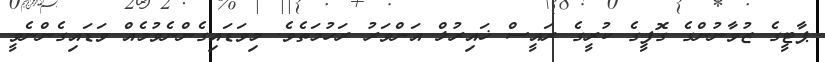
ޕާޓީގެ ޒުވާނުންގެ ގޮފީގެ ކުރީގެ ރައީސް ޚައިރުލް އަންވަރު ރަހުމަތެވެ. މިވަޑައިގެންނެވުމެއް ވަޑައިގެންނެވީ